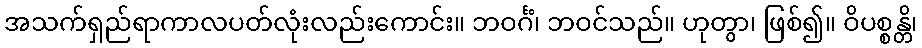
အသက်ရှည်ရာကာလပတ်လုံးလည်းကောင်း။ ဘဝင်္ဂံ၊ ဘဝင်သည်။ ဟုတွာ၊ ဖြစ်၍။ ဝိပစ္စန္တိ၊